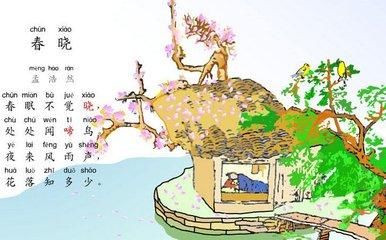
春眠不觉晓，处处闻啼鸟。